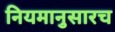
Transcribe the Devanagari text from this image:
नियमानुसारच